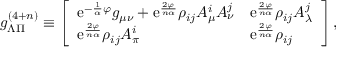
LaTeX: g _ { \Lambda \Pi } ^ { ( 4 + n ) } \equiv \left[ \begin{array} { l l } { { \mathrm { e } ^ { - { \frac { 1 } { \alpha } } \varphi } g _ { \mu \nu } + \mathrm { e } ^ { \frac { 2 \varphi } { n \alpha } } \rho _ { i j } A _ { \mu } ^ { i } A _ { \nu } ^ { j } } } & { { \mathrm { e } ^ { \frac { 2 \varphi } { n \alpha } } \rho _ { i j } A _ { \lambda } ^ { j } } } \\ { { \mathrm { e } ^ { \frac { 2 \varphi } { n \alpha } } \rho _ { i j } A _ { \pi } ^ { i } } } & { { \mathrm { e } ^ { \frac { 2 \varphi } { n \alpha } } \rho _ { i j } } } \end{array} \right] ,